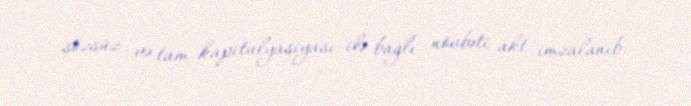
sözsüz və tam kapitulyasiyası ilə bağlı növbəti akt imzalanıb.